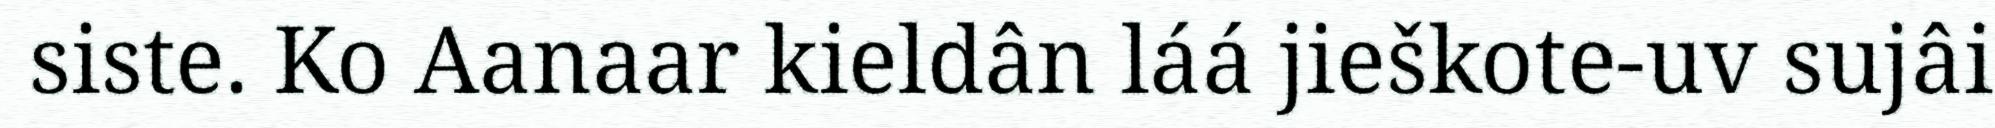
siste. Ko Aanaar kieldân láá jieškote-uv sujâi